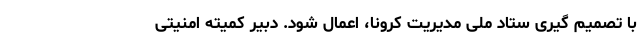
با تصمیم گیری ستاد ملی مدیریت کرونا، اعمال شود. دبیر کمیته امنیتی